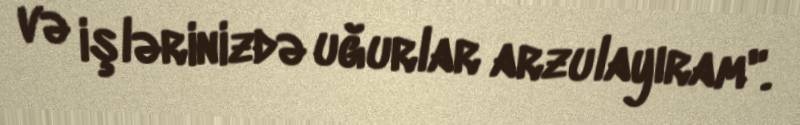
və işlərinizdə uğurlar arzulayıram".